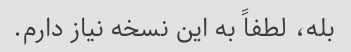
بله، لطفاً به این نسخه نیاز دارم.